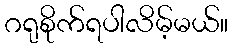
ဂရုစိုက်ရပါလိမ့်မယ်။